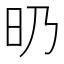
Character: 𣅅